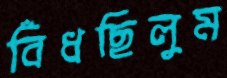
বিঁধছিলুম